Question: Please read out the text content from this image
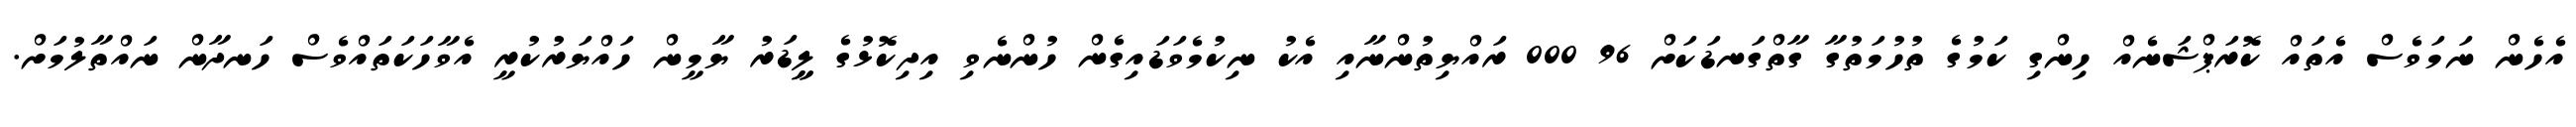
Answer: އެހެން ނަމަވެސް އެތައް ކޮރަޕްޝަނެއް ހިންގި ކަމުގެ ތުހުމަތުގާ ގާތްގަނޑަކަށް 96 000 ރައްޔިތުންނާއި އެކު ނިކުމެވަޑައިގެން ހުންނެވި އިދިކޮޅުގެ ލީީޑަރު ޔާމީން ހައްޔަރުކުރީ އެވާހަކަތައްވެސް ހަނދާން ނައްތާލުމަށް.